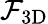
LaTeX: \mathcal{F}_{\mathrm{3D}}